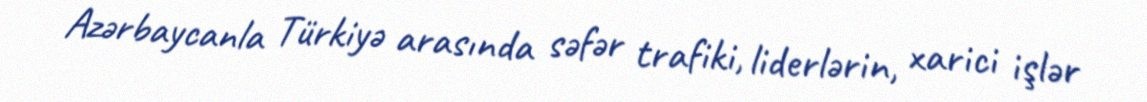
Azərbaycanla Türkiyə arasında səfər trafiki, liderlərin, xarici işlər